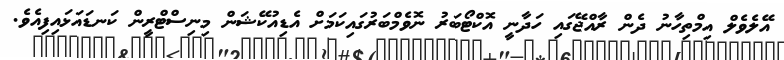
އޭލެވެލް އިމްތިހާނު ދެން ރާއްޖޭގައި ހަދާނީ އޮކްޓޯބަރު ނޮވެމްބަރުގައިކަމަށް އެޑިއުކޭޝަން މިނިސްޓްރީން ކަނޑައަޅައިފިއެވެ.